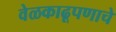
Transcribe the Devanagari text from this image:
वेळकाढूपणाचे